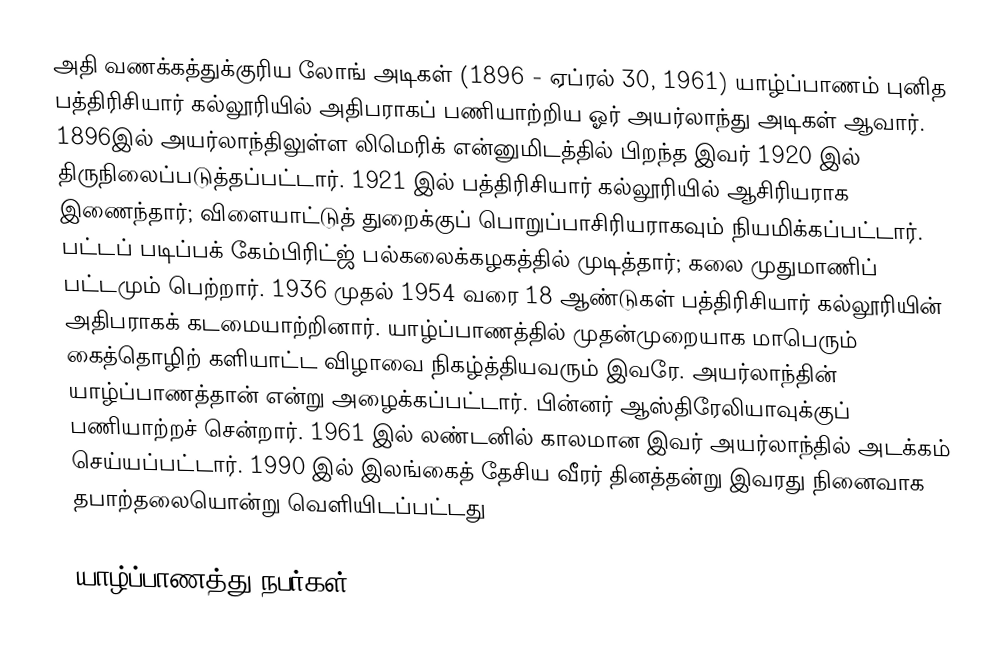
அதி வணக்கத்துக்குரிய லோங் அடிகள் (1896 - ஏப்ரல் 30, 1961) யாழ்ப்பாணம் புனித பத்திரிசியார் கல்லூரியில் அதிபராகப் பணியாற்றிய ஓர் அயர்லாந்து அடிகள் ஆவார். 1896இல் அயர்லாந்திலுள்ள லிமெரிக் என்னுமிடத்தில் பிறந்த இவர் 1920 இல் திருநிலைப்படுத்தப்பட்டார். 1921 இல் பத்திரிசியார் கல்லூரியில் ஆசிரியராக இணைந்தார்; விளையாட்டுத் துறைக்குப் பொறுப்பாசிரியராகவும் நியமிக்கப்பட்டார். பட்டப் படிப்பக் கேம்பிரிட்ஜ் பல்கலைக்கழகத்தில் முடித்தார்; கலை முதுமாணிப் பட்டமும் பெற்றார். 1936 முதல் 1954 வரை 18 ஆண்டுகள் பத்திரிசியார் கல்லூரியின் அதிபராகக் கடமையாற்றினார். யாழ்ப்பாணத்தில் முதன்முறையாக மாபெரும் கைத்தொழிற் களியாட்ட விழாவை நிகழ்த்தியவரும் இவரே. அயர்லாந்தின் யாழ்ப்பாணத்தான் என்று அழைக்கப்பட்டார். பின்னர் ஆஸ்திரேலியாவுக்குப் பணியாற்றச் சென்றார். 1961 இல் லண்டனில் காலமான இவர் அயர்லாந்தில் அடக்கம் செய்யப்பட்டார். 1990 இல் இலங்கைத் தேசிய வீரர் தினத்தன்று இவரது நினைவாக தபாற்தலையொன்று வெளியிடப்பட்டது

யாழ்ப்பாணத்து நபர்கள்